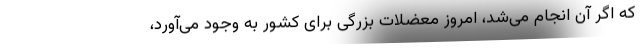
که اگر آن انجام می‌شد، امروز معضلات بزرگی برای کشور به وجود می‌آورد،